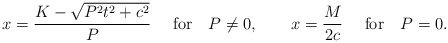
\begin{align*}x=\frac{K-\sqrt{P^2t^2+c^2}}{P}~~~~\mbox{for}~~~P\neq 0,~~~~~~ x=\frac{M}{2c}~~~~\mbox {for}~~~ P=0.\end{align*}